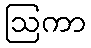
ဩကာ